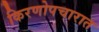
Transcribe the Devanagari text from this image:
किरणोपचारात